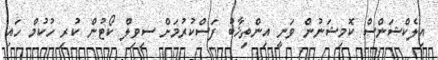
އިލެކްޝަންސް ކޮމިޝަނުން ވަނީ އިންތިޚާބު ފަސްކުރުމަށް ސިވިލް ކޯޓުން ކުރި ހުކުމް ހައި